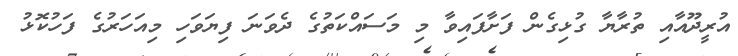
އުރީދޫއާއި ތުރާޔާ ގުޅިގެން ފަށާފައިވާ މި މަސައްކަތުގެ ދެވަނަ ފިޔަވަހި މިއަހަރުގެ ފަހުކޮޅު